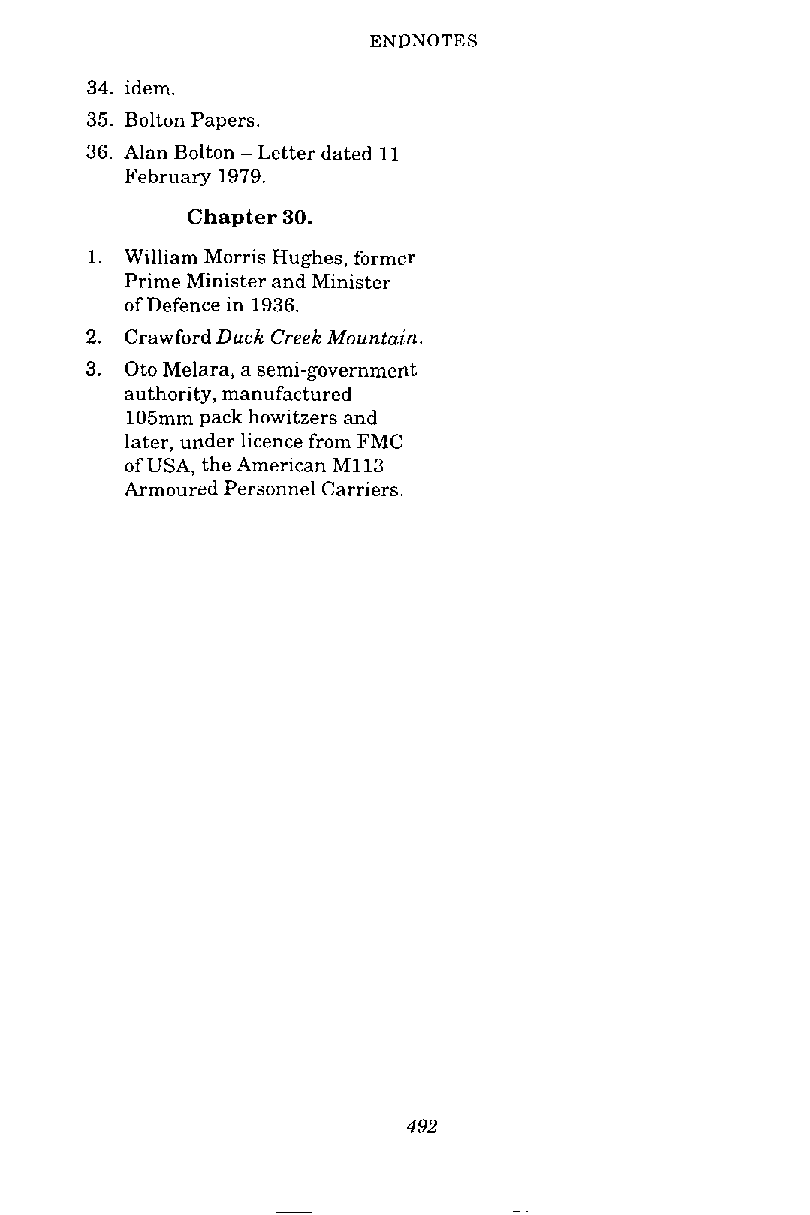
ENDNOTES
 34. idem.
 35. Bolton Papers.
 36. Alan Bolton -Letter dated 11
 February 1979.
 Chapter 30.
 1. William Morris Hughes, former
 Prime Minister and Minister
 of Defence in 1936.
 2. Crawford Duck Creek Mountain.
 3. Oto Melara, a semi-government
 authority, manufactured
 105mm pack howitzers and
 later, under licence from FMC
 of USA, the Amer~canM 113
 Armoured Personnel Carriers.